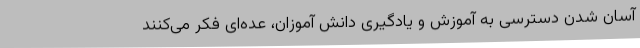
آسان شدن دسترسی به آموزش و یادگیری دانش آموزان، عده‌ای فکر می‌کنند